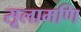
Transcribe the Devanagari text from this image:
सूलामणि